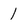
Character: 1